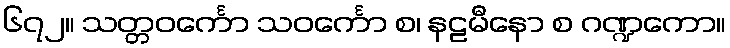
၆၇၂။ သတ္တဝင်္ကော သဝင်္ကော စ၊ နဠမီနော စ ဂဏ္ဍကော။